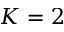
K = 2